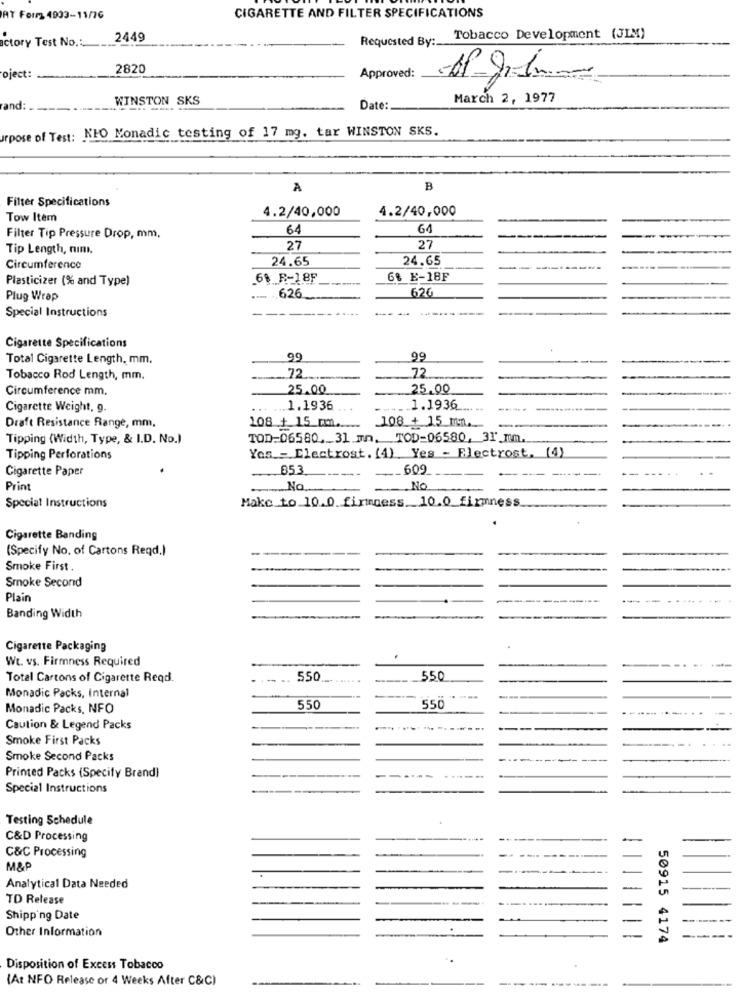
AT Formy 4933-11/76
CIGARETTE AND FILTER SPECIFICATIONS
actory Test No .:_
2449
Requested By :_
Tobacco Development (JIM)
2820
Approved:
oject:
WINSTON SKS
March 2, 1977
rand:
Date:
urpose of Test: NIO Monadic testing of 17 mg. tar WINSTON SKS.
A
B
Filter Specifications
4.2/40,000
4.2/40,000
Tow Item
64
61
Filter Tip Pressure Drop, mm,
Tip Length, num.
27
27
24.65
24.65
Circumference
Plasticizer (% and Type)
6% R-18F
6% E-18F
626
Plug Wrap
626
Special Instructions
Cigarette Specifications
Total Cigarette Length, mm.
99
99
72
Tobacco Rod Length, mm.
72 .....
Circumference mm.
25.00
25.00
Cigarette Weight, 9.
.. 1.1936
1.1936
Draft Resistance Range, mm,
108 + 15 mmm ...
108 + 15 min.
Tipping (Width, Type, & I.D. No.)
TOD-06580 ._ 31.mn. TOD=06580, 31_mm.
Tipping Perforations
Yes - Electrost. (4) Yes - Electrost, (4)
Cigarette Paper
853
---
609
Print
... NO ....
NO
Make to 10.0 firmness. 10.0_firmness
Special Instructions
Cigarette Banding
(Specify No. of Cartons Reqd.)
Smoke First .
Smoke Second
Plain
Banding Width
Cigarette Packaging
Wt. vs. Firmness Required
Total Cartons of Cigarette Reqd.
550
550
Monadic Packs, Internal
Monadic Packs, NFO
550
550
Caution & Legend Packs
Smoke First Packs
Smoke Second Packs
Printed Packs (Specify Brand)
---
Special Instructions
---
Testing Schedule
C&D Processing
C&C Processing
M&P
Analytical Data Needed
TO Release
Shipping Date
Other Information
50915 4174
Disposition of Excess Tobacco
(At NFO Release or 4 Weeks After C&C)